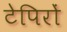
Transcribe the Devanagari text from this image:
टेपिरों